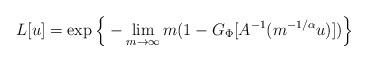
LaTeX: \begin{align*} L[u]=\exp\Big\{-\lim_{m\to\infty}m(1-G_\Phi[A^{-1}(m^{-1/\alpha}u)])\Big\}\end{align*}